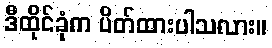
ဒီထိုင်ခုံက ပိတ်ထားပါသလား။